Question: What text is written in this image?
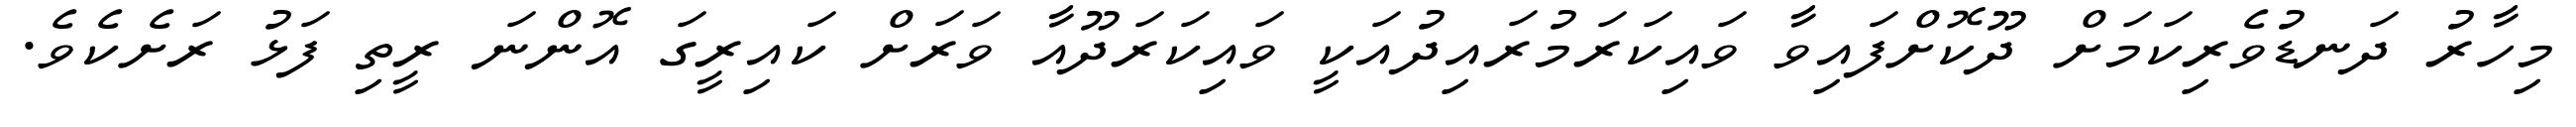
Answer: މިހާރު ދަނޑުވެރިކަމަށް ދޫކޮށްފައިވާ ވައިކަރަމުރައިދުއަކީ ވައިކަރަދޫއާ ވަރަށް ކައިރީގަ އޮންނަ ރީތި ފަޅު ރަށެކެވެ.